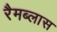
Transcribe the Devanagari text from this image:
रैमब्लास